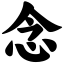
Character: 念